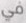
في